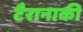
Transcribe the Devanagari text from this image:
टैरानाकी